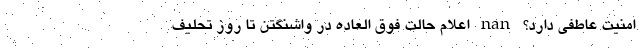
امنیت عاطفی دارد؟ nan اعلام حالت فوق العاده در واشنگتن تا روز تحلیف